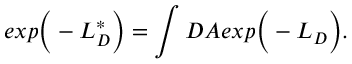
e x p \bigg ( - L _ { D } ^ { * } \bigg ) = \int { \cal D } A e x p \bigg ( - L _ { D } \bigg ) .